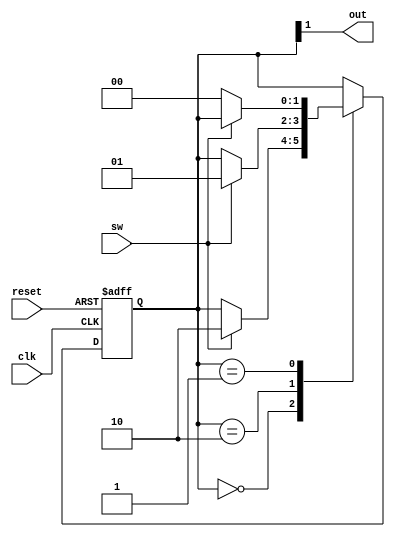
`timescale 1ns / 1ps
//////////////////////////////////////////////////////////////////////////////////
// Company: 
// Engineer: 
// 
// Design Name: 
// Module Name:    onoff_fsm 
// Project Name: 
// Target Devices: 
// Tool versions: 
// Description: 
//
// Dependencies: 
//
// Revision: 
// Revision 0.01 - File Created
// Additional Comments: 
//
//////////////////////////////////////////////////////////////////////////////////
module onoff_fsm(
	 input clk,reset,
    input sw,
    output wire out
);

	localparam [1:0]
		off = 2'b00,
		on = 2'b01,
		first_on = 2'b10;

	reg [1:0] state_next, state_reg;
	
	always @(posedge clk, posedge reset)
	if(reset)
		state_reg <= off;
	else
		state_reg <= state_next;

	always @*
	begin
		state_next = state_reg;
		case(state_reg)
			off:
				if(sw)
					state_next = first_on;			
			first_on:
				if(sw)
					state_next = on;
			on:
				if(~sw)
					state_next = off;
		endcase
	end
	
	assign out = state_reg[1];
endmodule